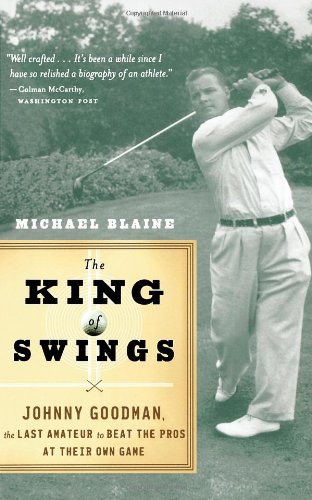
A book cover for The King of Swings: Johnny Goodman, the Last Amateur to Beat the Pros at Their Own Game; Michael Blaine; Biographies & Memoirs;